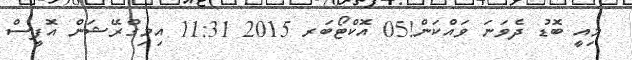
މިއީ ބޮޑު ދެވަނަ ވައްކަން!05 އޮކްޓޯބަރ 2015 11:31 އިމިގްރޭޝަން އޮފީސް